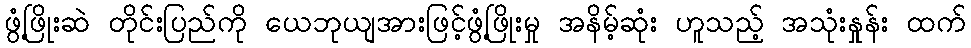
ဖွံ့ဖြိုးဆဲ တိုင်းပြည်ကို ယေဘုယျအားဖြင့်ဖွံ့ဖြိုးမှု အနိမ့်ဆုံး ဟူသည့် အသုံးနှုန်း ထက်